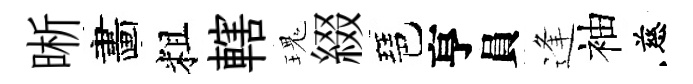
晰畵粗轄瑰綴琶亨員逢袖慈